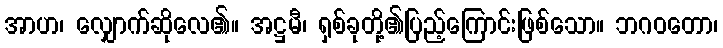
အာဟ၊ လျှောက်ဆိုလေ၏။ အဋ္ဌမီ၊ ရှစ်ခုတို့၏ပြည့်ကြောင်းဖြစ်သော။ ဘဂဝတော၊